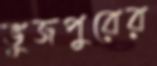
ভুজপুরের